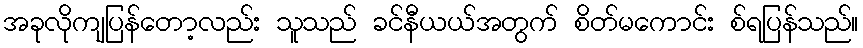
အခုလိုကျပြန်တော့လည်း သူသည် ခင်နီယယ်အတွက် စိတ်မကောင်း စ်ရပြန်သည်။